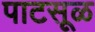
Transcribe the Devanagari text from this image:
पाटसूळ